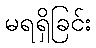
မရရှိခြင်း